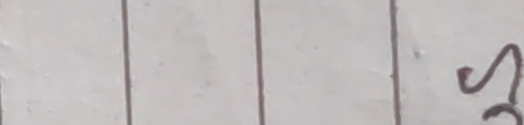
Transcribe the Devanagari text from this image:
२०